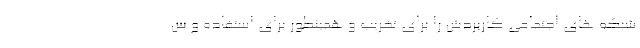
شبکه های اجتماعی کاربردش را برای تخریب و همینطور برای استفاده و س